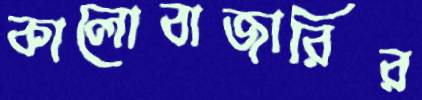
কালোবাজারির